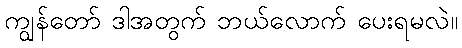
ကျွန်တော် ဒါအတွက် ဘယ်လောက် ပေးရမလဲ။